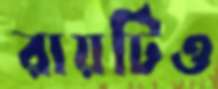
রায়টিও